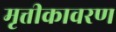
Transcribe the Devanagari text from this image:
मृत्तीकावरण